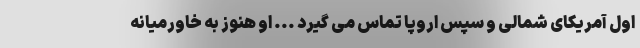
اول آمریکای شمالی و سپس اروپا تماس می گیرد ... او هنوز به خاورمیانه